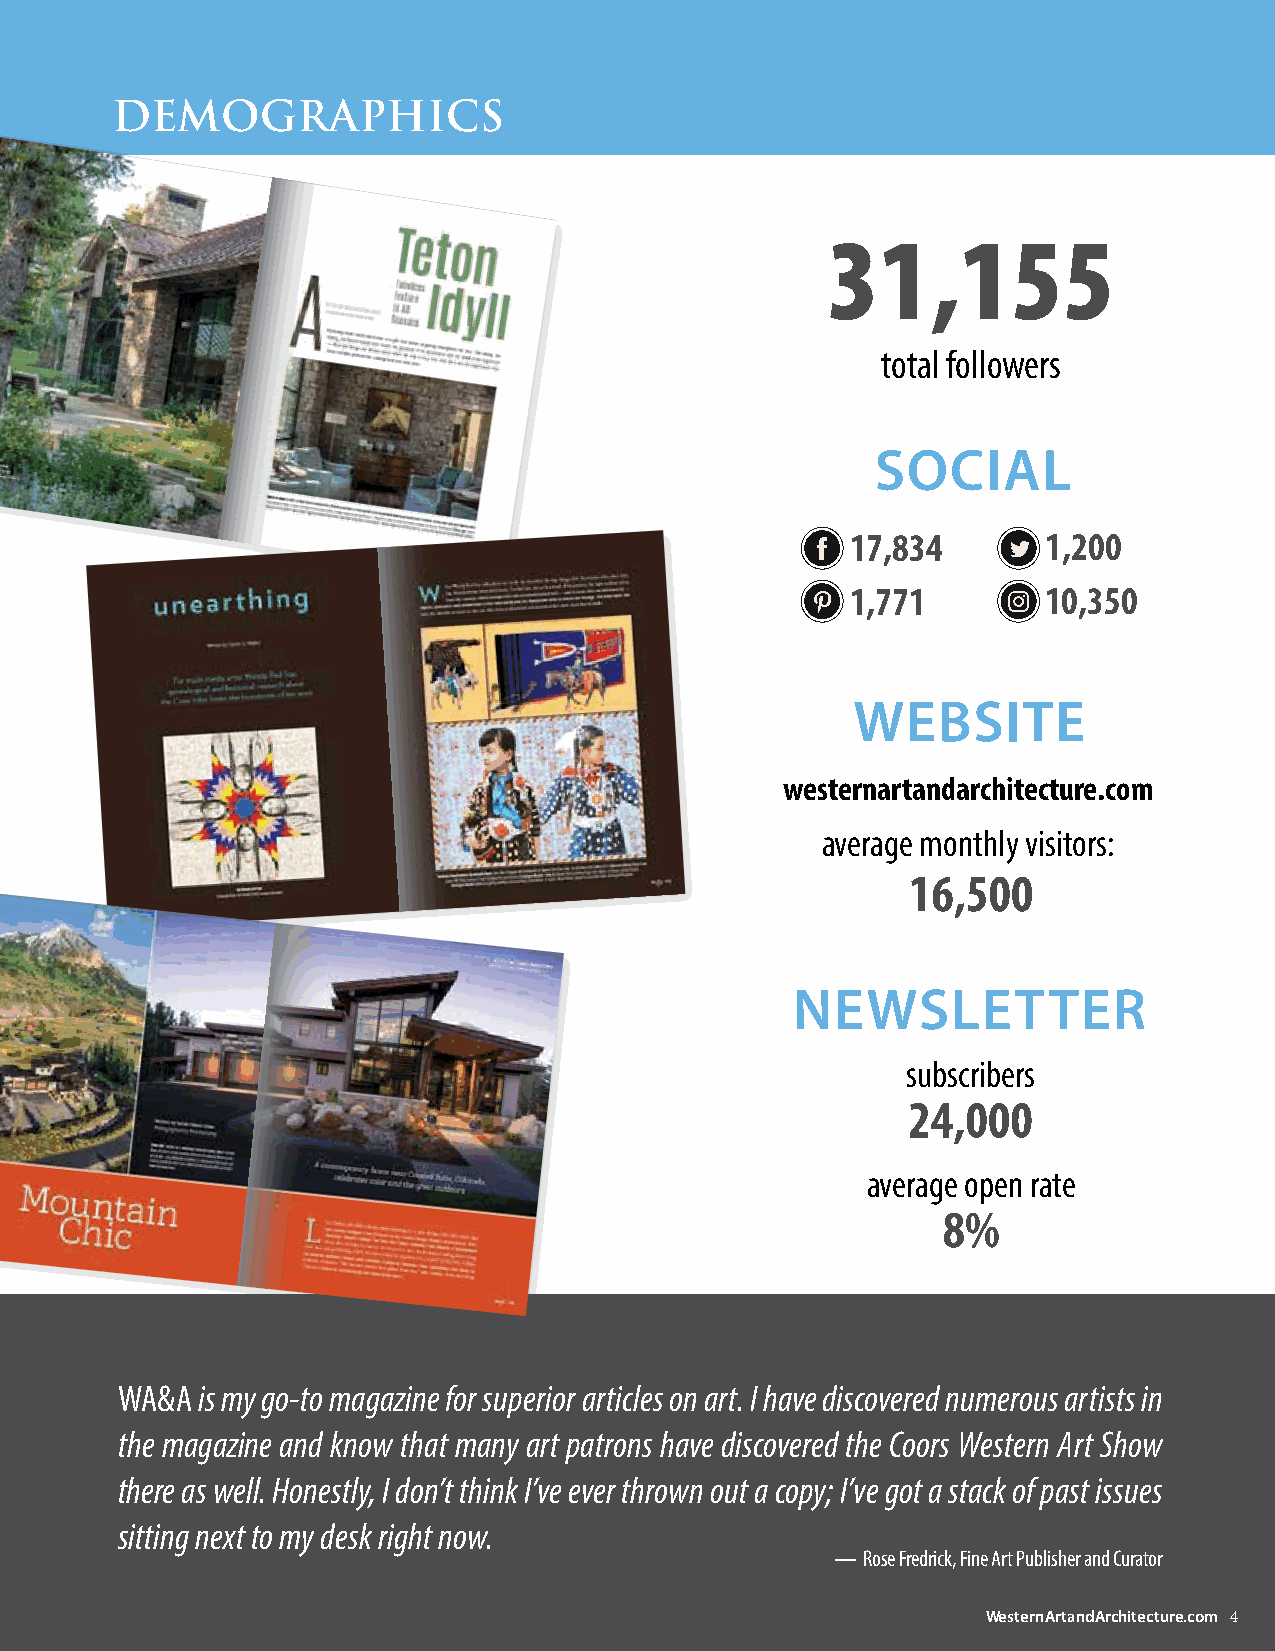
deMOGraPHICS
 31,155
 total followers
 SociAl
 17,834       1,200
 1,771        10,350
 WebSite
 westernartandarchitecture.com
 average monthly visitors:
 16,500
 NeWSletteR
 subscribers
 24,000
 average open rate
 8%
 WA&A is my go-to magazine for superior articles on art. I have discovered numerous artists in
 the magazine and know that many art patrons have discovered the Coors Western Art Show
 there as well. Honestly, I don’t think I’ve ever thrown out a copy; I’ve got a stack of past issues
 sitting next to my desk right now.
 — Rose Fredrick, Fine Art Publisher and Curator
 WesternArtandArchitecture.com 4